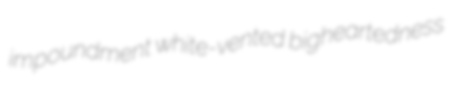
impoundment white-vented bigheartedness